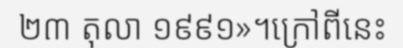
២៣ តុលា ១៩៩១»។ក្រៅពីនេះ